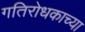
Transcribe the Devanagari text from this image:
गतिरोधकाच्या